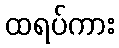
ထရပ်ကား